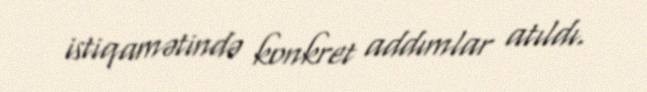
istiqamətində konkret addımlar atıldı.